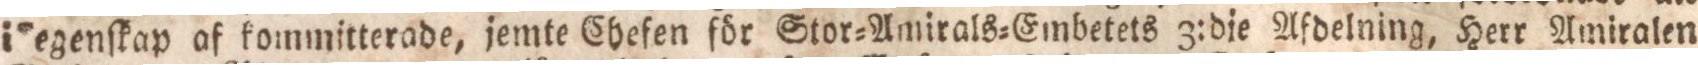
i egenſkap af kommitterade, jemte Chefen för Stor=Amirals=Embetets 3:die Afdelning, Herr Amiralen